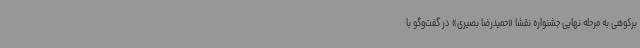
برکوهی به مرحله نهایی جشنواره نقشا «حمیدرضا بصیری» در گفت‌وگو با